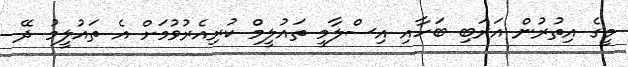
މީގެ އިތުރުން އަރަބި ބަހާއި އިސްލާމީ ތައުލީމް ކުރިއެރުވުމަށް އެ ތައުލީމު ދޭ